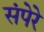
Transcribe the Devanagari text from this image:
संपेरे